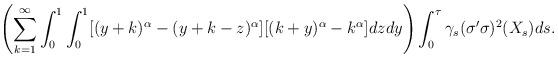
LaTeX: \begin{align*}\left(\sum_{k=1}^{\infty} \int_0^1 \int_{0} ^{1} [(y+k)^\alpha- (y+k-z)^\alpha][ (k+y)^\alpha -k^\alpha] dz dy\right)\int_0^\tau \gamma_s (\sigma'\sigma)^2(X_s)ds.\end{align*}